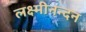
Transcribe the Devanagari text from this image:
लक्ष्मीनन्दन